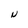
Character: N